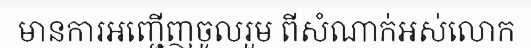
មានការអញ្ជើញចូលរួម ពីសំណាក់អស់លោក